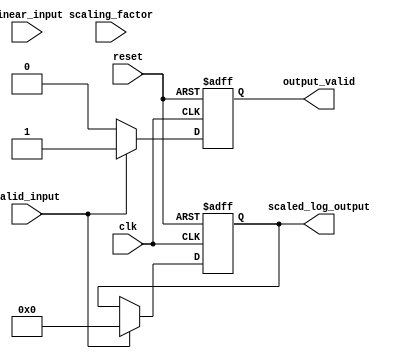
module LogarithmicScalingCircuit #(
    parameter INPUT_WIDTH = 8,       // Width of the input data
    parameter OUTPUT_WIDTH = 8,      // Width of the output data
    parameter SCALING_FACTOR_WIDTH = 8 // Width of the scaling factor
)(
    input wire clk,                   // Clock signal
    input wire reset,                 // Reset signal
    input wire valid_input,           // Input valid signal
    input wire [INPUT_WIDTH-1:0] linear_input, // Linear input data
    input wire [SCALING_FACTOR_WIDTH-1:0] scaling_factor, // Scaling factor
    output reg [OUTPUT_WIDTH-1:0] scaled_log_output, // Scaled logarithmic output
    output reg output_valid           // Output valid signal
);

    // Lookup table for logarithm values (for simplicity, only a few values are shown)
    reg [OUTPUT_WIDTH-1:0] log_lut [0:255]; // LUT for log values of 0 to 255
    initial begin
        // Initialize LUT with logarithmic values (scaled)
        log_lut[1] = 0; // log(1)
        log_lut[2] = 1; // log(2)
        log_lut[3] = 1; // log(3)
        // Add more entries as necessary...
        log_lut[255] = 7; // log(255)
    end

    // Register to hold intermediate log output
    reg [OUTPUT_WIDTH-1:0] log_output;

    // Combinational logic to compute logarithm
    always @(*) begin
        if (valid_input && linear_input > 0) begin
            if (linear_input < 256) begin
                log_output = log_lut[linear_input]; // Use LUT for log calculation
            end else begin
                log_output = log_lut[255]; // Saturate for values >= 256
            end
        end else begin
            log_output = 0; // Invalid input or zero input
        end
    end

    // Scaling logic
    always @(posedge clk or posedge reset) begin
        if (reset) begin
            scaled_log_output <= 0;
            output_valid <= 0;
        end else begin
            if (valid_input) begin
                // Perform fixed-point multiplication
                scaled_log_output <= (log_output * scaling_factor) >> SCALING_FACTOR_WIDTH; // Simple scaling
                output_valid <= 1;
            end else begin
                output_valid <= 0;
            end
        end
    end
endmodule